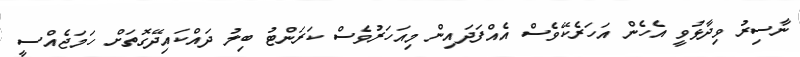
ނާސިރު ވިދާޅުވީ އެހެން އަހަރެކޭވެސް އެއްފަދައިން މިއަހަރުވެސް ކަރަންޓު ބިލު ދައްކައިދޭގޮތަށް ހަަމަޖެއްސީ